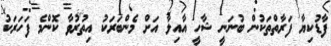
ފާޑުކިޔާ ފަރާތްތަކުން ބުނަނީ ޝާހީ އާއިލާ އަށް މެންބަރަކު އިތުރުވާ ކޮންމެ ފަހަރަކު